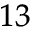
_ { 1 3 }